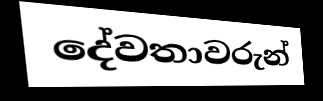
දේවතාවරුන්